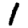
Digit: 1